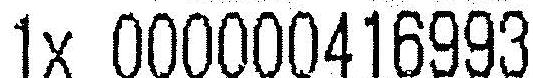
1X 000000416993